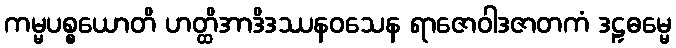
ကမ္မပစ္စယောတိ ဟတ္ထိအာဒိဒဿနဝသေန ရာဇောဝါဒဇာတကံ ဒဠှဓမ္မေ